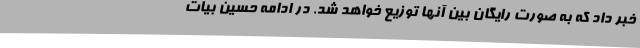
خبر داد که به صورت رایگان بین آنها توزیع خواهد شد. در ادامه حسین بیات